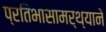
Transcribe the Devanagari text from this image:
प्रतिभासामर्थ्याने